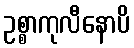
ဥစ္စာကုလီနောပိ